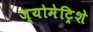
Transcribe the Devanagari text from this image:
ज्योमेट्रिशे